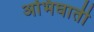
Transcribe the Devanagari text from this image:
अभिघाती